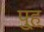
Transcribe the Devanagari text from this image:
पु्ह्